Newspaper: The Savannah morning news.
Place of publication: Savannah, Ga.
Publisher: J.H. Estill
Date: 1900-08-21 00:00:00
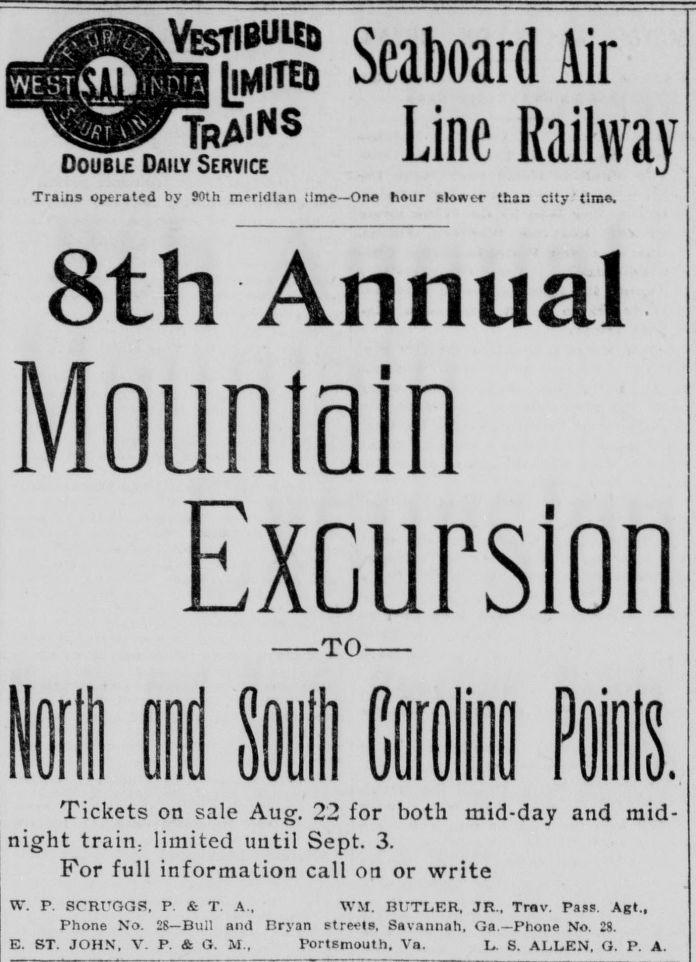
Advertisement text (OCR):
Seaboard Air HSf Line Railway Tra.ns operated by 90th meridian :ime-One hour flofvcc than city time. Bth Annual Mouniain Excursion TO 11 el Mi Carolina Pis. Tickets on sale Aug. 22 for both mid-day and mid night train, limited until Sept. 3. For full information call on or write W. P. SCRUGGS, P. & T A., WM. BUTLER, JR.. Trav. Pass. Agt., Phone No. 28—Bull and Bryan streets. Savannah, Ga —Phone No. 28. E. ST. JOHN. V. P. & G. M., Portsmouth, Va. L. S. ALLEN, G. P. A.
Label: text-only